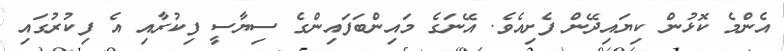
އެންމެ ކޮޅުން ކިޔައިދޭން ފެށިއެވެ. އޭނަގެ މައިންބަފައިންގެ ސިޔާސީ ފިކުރާއި އެ ފިކުރުގައި